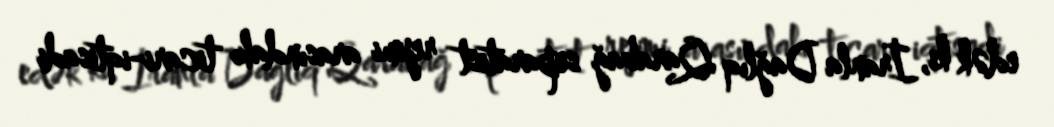
edək ki, İranla Dağlıq Qarabağ separatist rejimi arasındakı ticari-iqtisadi